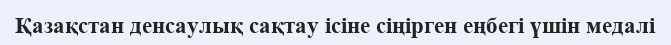
Қазақстан денсаулық сақтау ісіне сіңірген еңбегі үшін медалі